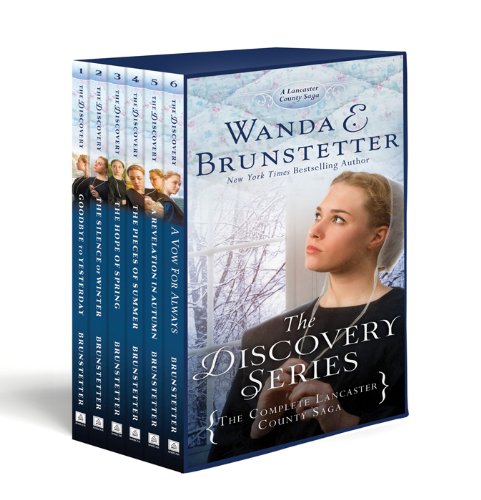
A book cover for Discovery Box Set: (The Discovery - A Lancaster County Saga); Wanda E. Brunstetter; Romance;